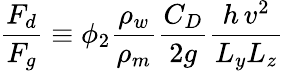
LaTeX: \frac{F_{d}}{F_{g}}\equiv\phi_{2}\frac{\rho_{w}}{\rho_{m}}\frac{C_{D}}{2g}\frac{h\, v^{2}}{L_{y}L_{z}}